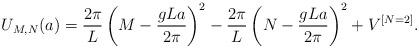
LaTeX: \begin{align*}U_{M,N}(a)={2\pi \over L}\left( M-{gLa \over 2\pi} \right)^2-{2\pi \over L}\left( N-{gLa \over 2\pi} \right)^2+V^{[N=2]}.\end{align*}